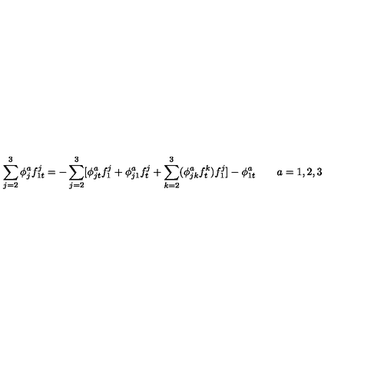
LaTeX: \sum _ { j = 2 } ^ { 3 } \phi _ { j } ^ { a } f _ { 1 t } ^ { j } = - \sum _ { j = 2 } ^ { 3 } [ \phi _ { j t } ^ { a } f _ { 1 } ^ { j } + \phi _ { j 1 } ^ { a } f _ { t } ^ { j } + \sum _ { k = 2 } ^ { 3 } ( \phi _ { j k } ^ { a } f _ { t } ^ { k } ) f _ { 1 } ^ { j } ] - \phi _ { 1 t } ^ { a } \quad \quad a = 1 , 2 , 3